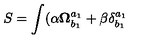
S = \int ( \alpha \mathbf { \Omega } _ { b _ { 1 } } ^ { a _ { 1 } } + \beta \delta _ { b _ { 1 } } ^ { a _ { 1 } }